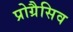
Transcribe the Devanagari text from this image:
प्रोग्रैसिव